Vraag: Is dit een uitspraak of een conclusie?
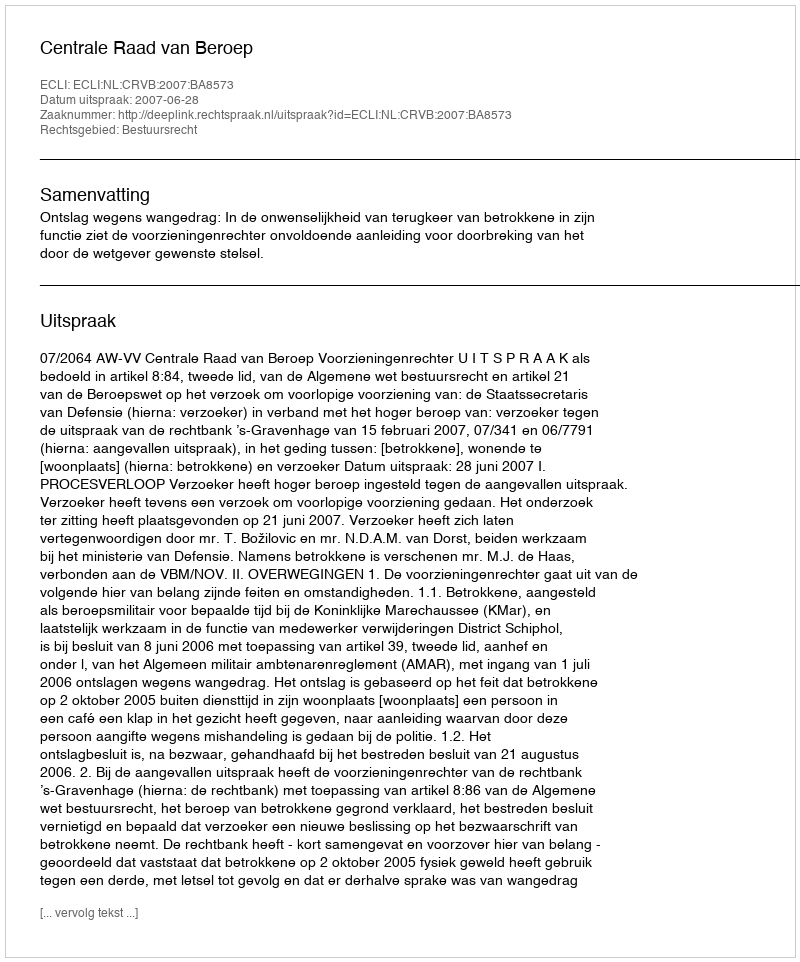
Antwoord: Uitspraak